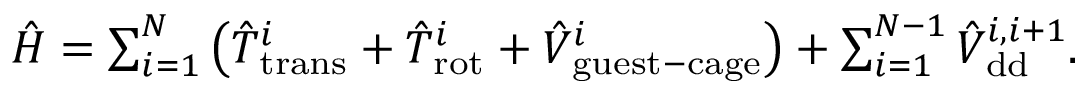
\begin{array} { r } { \hat { H } = \sum _ { i = 1 } ^ { N } \left( \hat { T } _ { \mathrm { t r a n s } } ^ { i } + \hat { T } _ { \mathrm { r o t } } ^ { i } + \hat { V } _ { \mathrm { g u e s t - c a g e } } ^ { i } \right) + \sum _ { i = 1 } ^ { N - 1 } \hat { V } _ { \mathrm { d d } } ^ { i , i + 1 } . } \end{array}